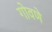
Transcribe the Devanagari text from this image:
गोवणे